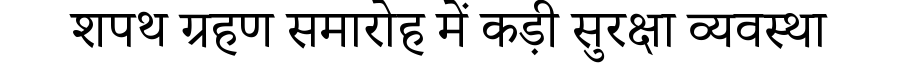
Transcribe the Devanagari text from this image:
शपथ ग्रहण समारोह में कड़ी सुरक्षा व्यवस्था